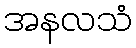
အနလသံ